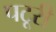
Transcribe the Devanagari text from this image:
पटूरी